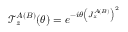
\begin{array} { r } { \mathcal { T } _ { z } ^ { A ( B ) } ( \theta ) = e ^ { - i \theta \left( J _ { z } ^ { A ( B ) } \right) ^ { 2 } } } \end{array}